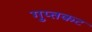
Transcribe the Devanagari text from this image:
गुप्तकट